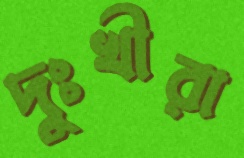
দুঃখীরা